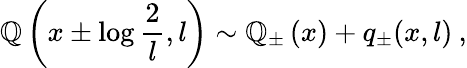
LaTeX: {\cal\mathbb{Q}}\left(x\pm\log\displaystyle\frac{{2}}{{l}},l\right)\sim{\cal\mathbb{Q}}_{\pm}\left(x\right)+q_{\pm}(x,l)\: ,